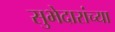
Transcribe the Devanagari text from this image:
सुभेदारांच्या